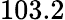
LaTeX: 103.2